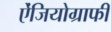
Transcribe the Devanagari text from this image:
ऐंजियोग्राफी